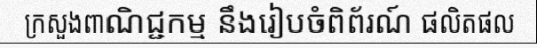
ក្រសួងពាណិជ្ជកម្ម នឹងរៀបចំពិព័រណ៍ ផលិតផល